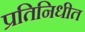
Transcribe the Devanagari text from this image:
प्रतिनिधीत